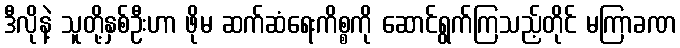
ဒီလိုနဲ့ သူတို့နှစ်ဦးဟာ ဖိုမ ဆက်ဆံရေးကိစ္စကို ဆောင်ရွက်ကြသည့်တိုင် မကြာခဏ